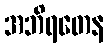
အဘိရတေန